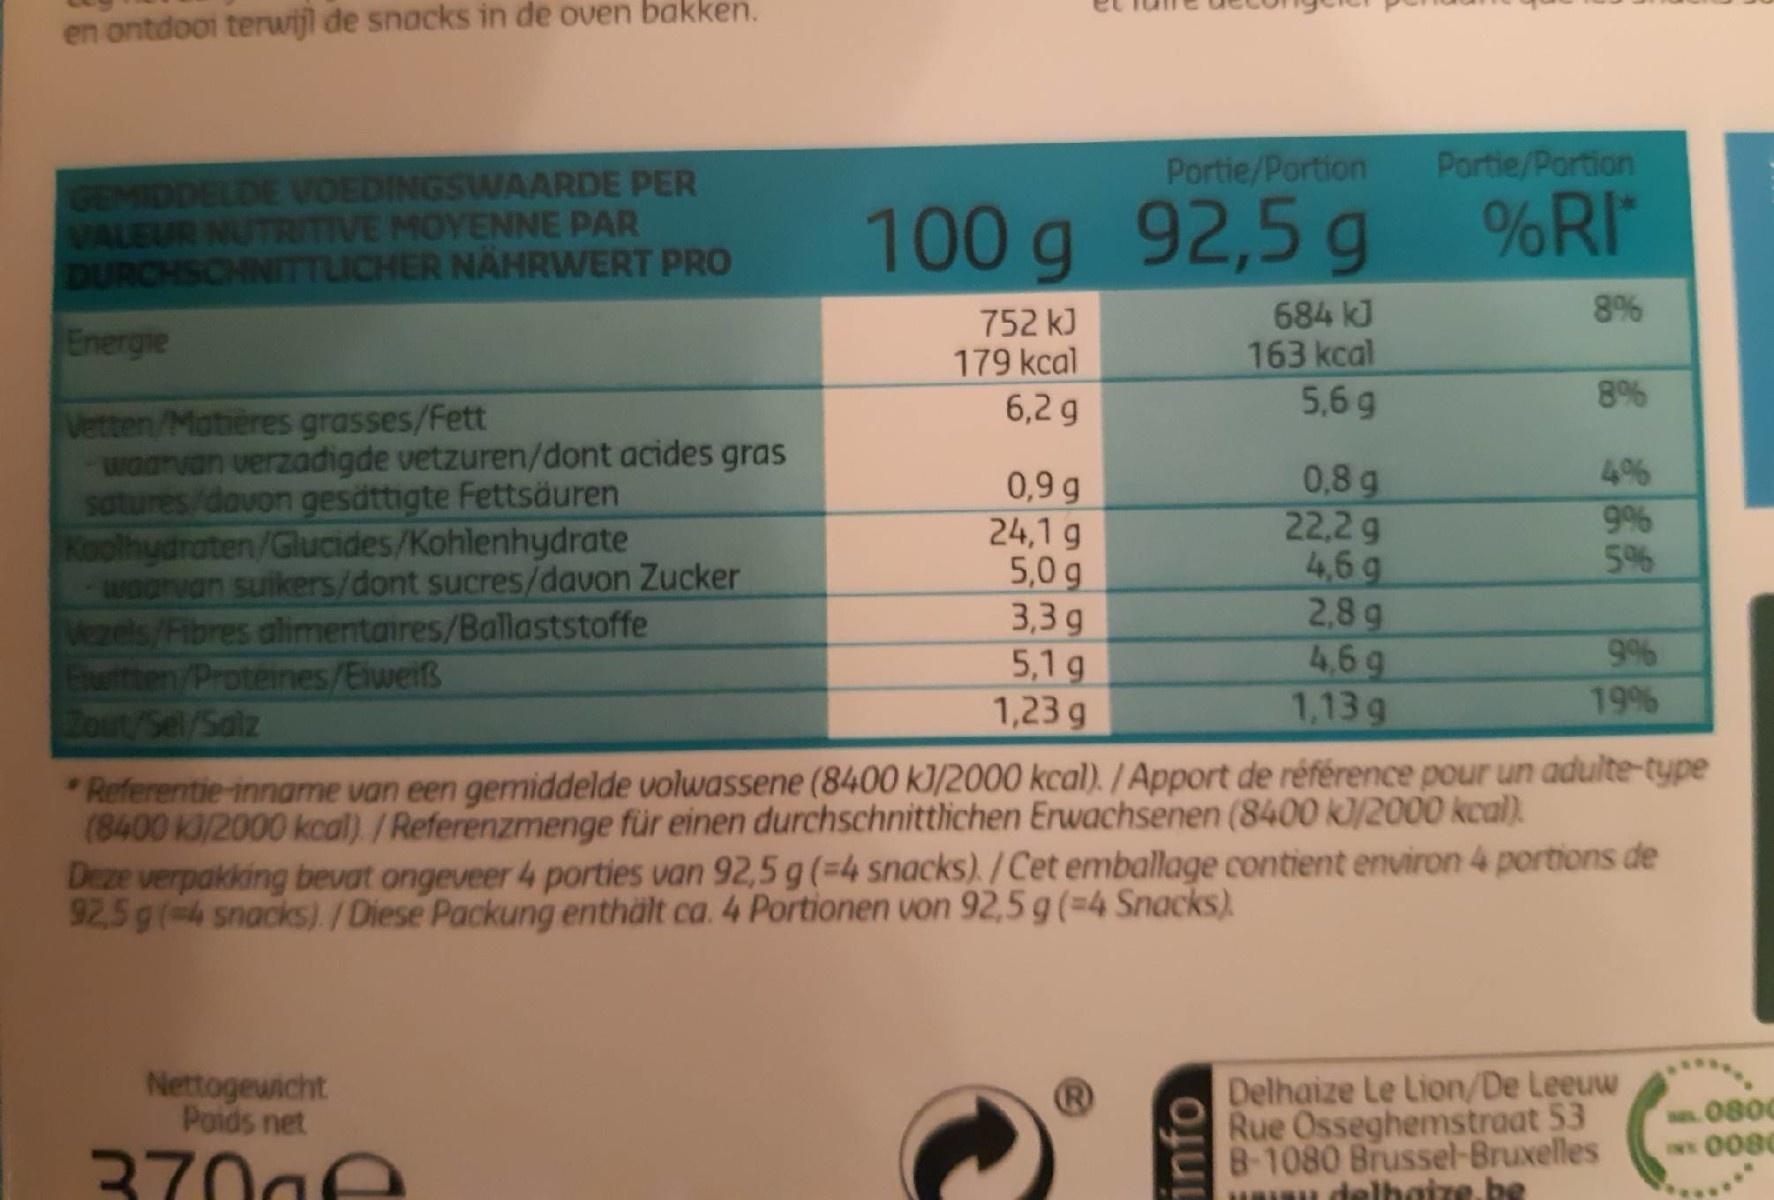
en ontdooi terwijl de snacks in de oven bakken. Portie/Portion Portie/Portion GEMIDDELDE VOEDINGSWAARDE PER VALEUR NUTRITIVE MOYENNE PAR DURCHSCHNITTLICHER NÄHRWERT PRO 100 g 92,5 g %RI 752 kJ 179 kcal 684 kJ 163 kcal 5,6 g Energie 6,2 g Vetten/Motières grasses/Fett waarvan verzadigde vetzuren/dont acides gras satures/davon gesättigte Fettsäuren Koolhydraten/Glucides/Kohlenhydrate woarvan suikers/dont sucres/davon Zucker Vezels/Fibres alimentaires/Ballaststoffe Eurtten/Proteines/Elweiß Zour/Sel/Salz 4% 0,9 g 24,1 g 5,0 g 3,3 g 5,1 g 1,23 g 0,8 g 22,2g 4,6 g 2,8 g 4,6 g 1,13 g 19% *Referentie-inname van een gemiddelde volwassene (8400 k]/2000 kcal). / Apport de référence pour un adulte-type (8400 k/2000 kcal) /Referenzmenge für einen durchschnittlichen Erwachsenen (8400 kJ/2000 kcal). Deze verpakking bevat ongeveer 4 porties van 92,5 g (=4 snacks)./Cet emballage contient environ 4 portions de 92.5 g(4 snacks)/Diese Packung enthält ca. 4 Portionen von 92,5 g (=4 Snacks). Nettogewicht Poids net Delhaize Le Lion/De Leeuw Rue Osseghemstraat 53 8-1080 Brussel-Bruxelles Iu delbaize. be 0800 w0080 370ge info